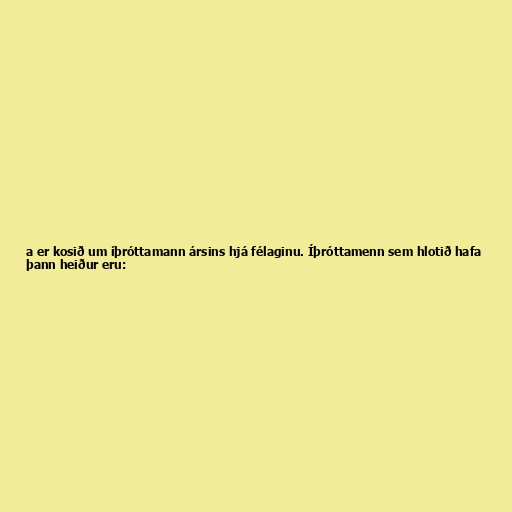
a er kosið um íþróttamann ársins hjá félaginu. Íþróttamenn sem hlotið hafa
þann heiður eru: